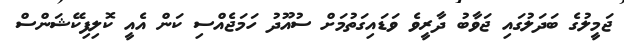
ޖަމީލުގެ ބަދަލުގައި ޖަވާބު ދާރީވެ ވަޑައިގަތުމަށް ސުއޫދު ހަމަޖެއްސި ކަން އެއީ ކޮލިފިކޭޝަންސް